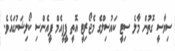
ސިޔާސީ ގޮތުން މާލެ ސިޓީ ކައުސިލްގެ މެޖޯރިޓީ އޮތީ ޕީޕީއެމް ޕީއެންސި ކޯލިޝަނުގައެވެ.